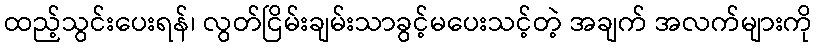
ထည့်သွင်းပေးရန်၊ လွတ်ငြိမ်းချမ်းသာခွင့်မပေးသင့်တဲ့ အချက် အလက်များကို